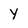
Character: y